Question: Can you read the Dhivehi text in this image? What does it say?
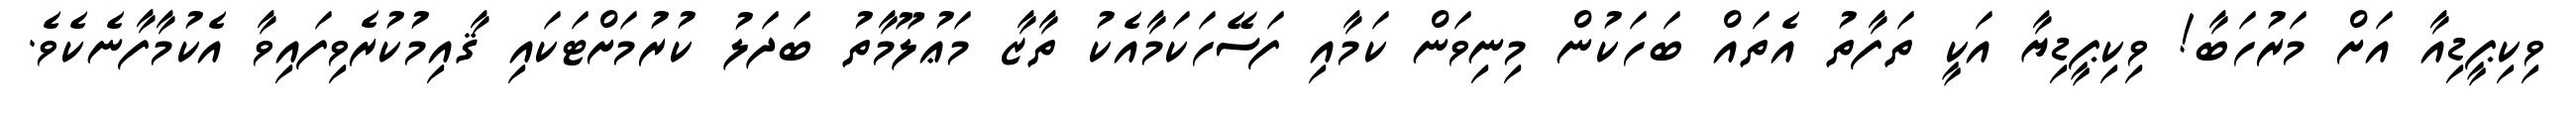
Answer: ވިކިޕީޑިއާ އަށް މަރުހަބާ! ވިކިޕީޑިޔާ އަކީ ތަފާތު އެތައް ބަހަކުން މިނިވަން ކަމާއި ފަސޭހަކަމާއެކު ތާޒާ މަޢުލޫމާތު ބަދަލު ކުރުމަށްޓަކައި ޤާއިމުކުރެވިފައިވާ އެކުމާފާނެކެވެ.